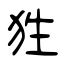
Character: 狌